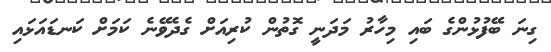
ގިނަ ބޭފުޅުންގެ ބައި މިހާރު މަދަނީ ގޮތުން ކުރިއަށް ގެދެވޭނެ ކަމަށް ކަނޑައަޅައި